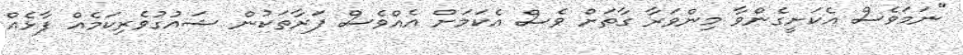
"ނަމަވެސް އެކަށީގެންވާ މިންވަރާ ގާތަށް ވެސް އެކަމަށް އެއްވެސް ފަރާތަކުން ޝައުގުވެރިކަމެއް ފާޅެއް